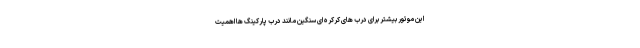
این موتور بیشتر برای درب های کرکره ای سنگین مانند درب پارکینگ ها اهمیت